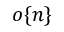
o \{ n \}